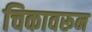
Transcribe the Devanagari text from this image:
चिकावरून